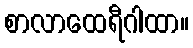
စာလာထေရီဂါထာ။